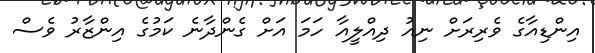
އިންޑިއާގެ ވެރިރަށް ނިއު ދިއްލީއާ ހަމަ އަށް ގެންދާނެ ކަމުގެ އިންޒާރު ވެސް